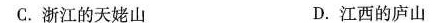
C.浙江的天姥山 D.江西的庐山